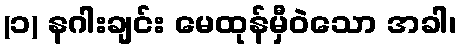
(၁) နဂါးချင်း မေထုန်မှီဝဲသော အခါ၊